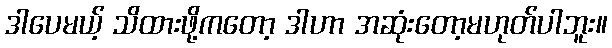
ဒါပေမယ့် သိထားဖို့ကတော့ ဒါဟာ အဆုံးတော့မဟုတ်ပါဘူး။